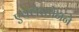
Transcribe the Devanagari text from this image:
एक्लेस्टोनने